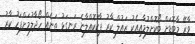
ވާރޭ މާބޮޑަށް ބޯކޮށްލުމާއިއެކު ޒައުލް ކާރު ޕާކުކޮއްލާނެ ރަނގަޅު ތަނެއް ހޯދާލުމަށްފަހު ކާރު